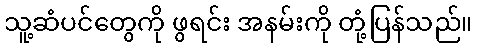
သူ့ဆံပင်တွေကို ဖွရင်း အနမ်းကို တုံ့ပြန်သည်။